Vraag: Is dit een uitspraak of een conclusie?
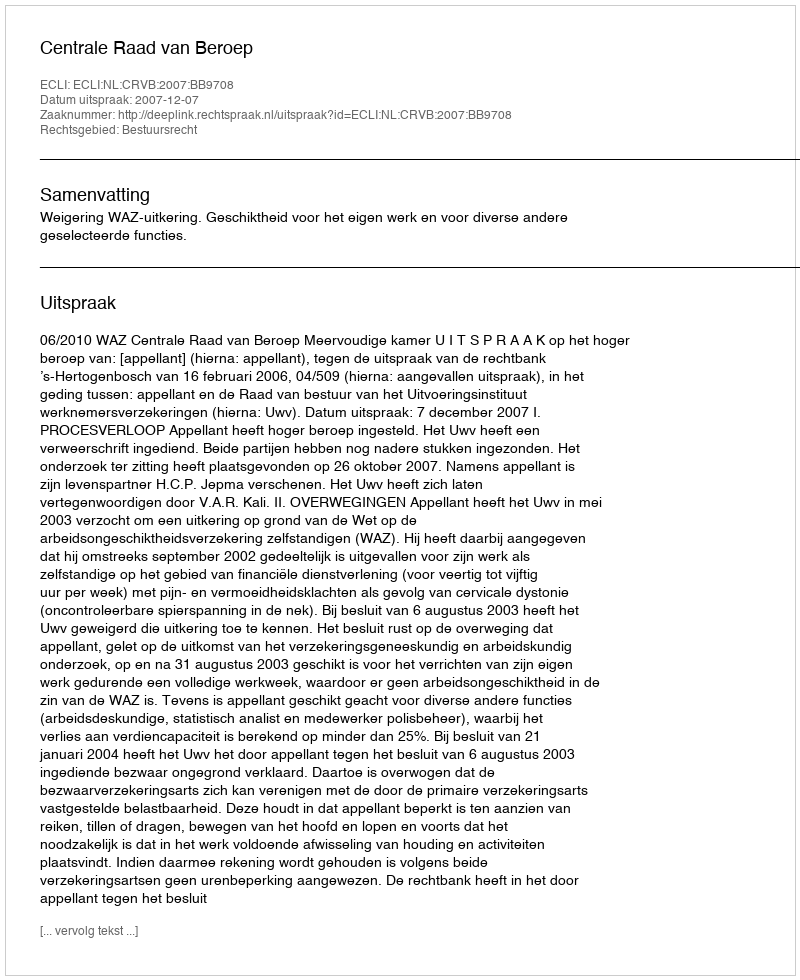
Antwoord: Uitspraak